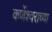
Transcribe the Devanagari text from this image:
कर्णेश्वराच्या